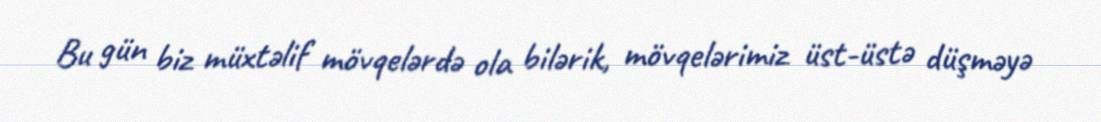
Bu gün biz müxtəlif mövqelərdə ola bilərik, mövqelərimiz üst-üstə düşməyə